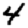
Digit: 4